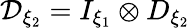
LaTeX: \mathcal{D}_{\xi_{2}}=I_{\xi_{1}}\otimes D_{\xi_{2}}